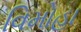
વિમોહા